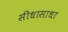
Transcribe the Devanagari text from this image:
सीधासाधा